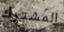
المشترك